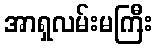
အာရှလမ်းမကြီး